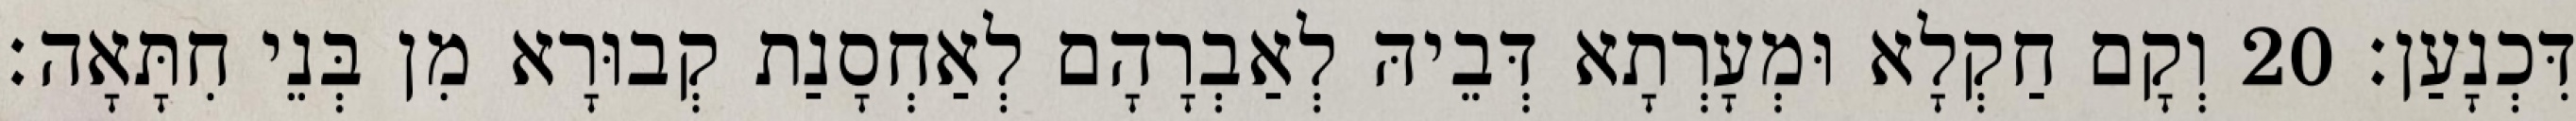
דִּכְנָעַן׃ 20 וְקָם חַקְלָא וּמְעָרְתָא דְּבֵיהּ לְאַבְרָהָם לְאַחְסָנַת קְבוּרָא מִן בְּנֵי חִתָּאָה׃